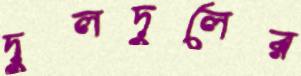
দুলদুলের